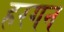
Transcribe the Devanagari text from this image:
हरगन